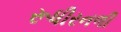
રૂધીરનળી